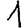
Digit: 1